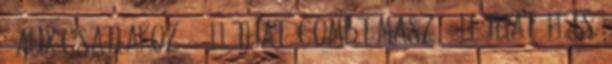
– AUX csatlakozó – állítható combtámasz – állítható hátsó